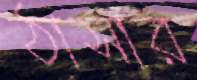
ঠাসার